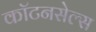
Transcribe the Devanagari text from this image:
कॉटनसेल्स